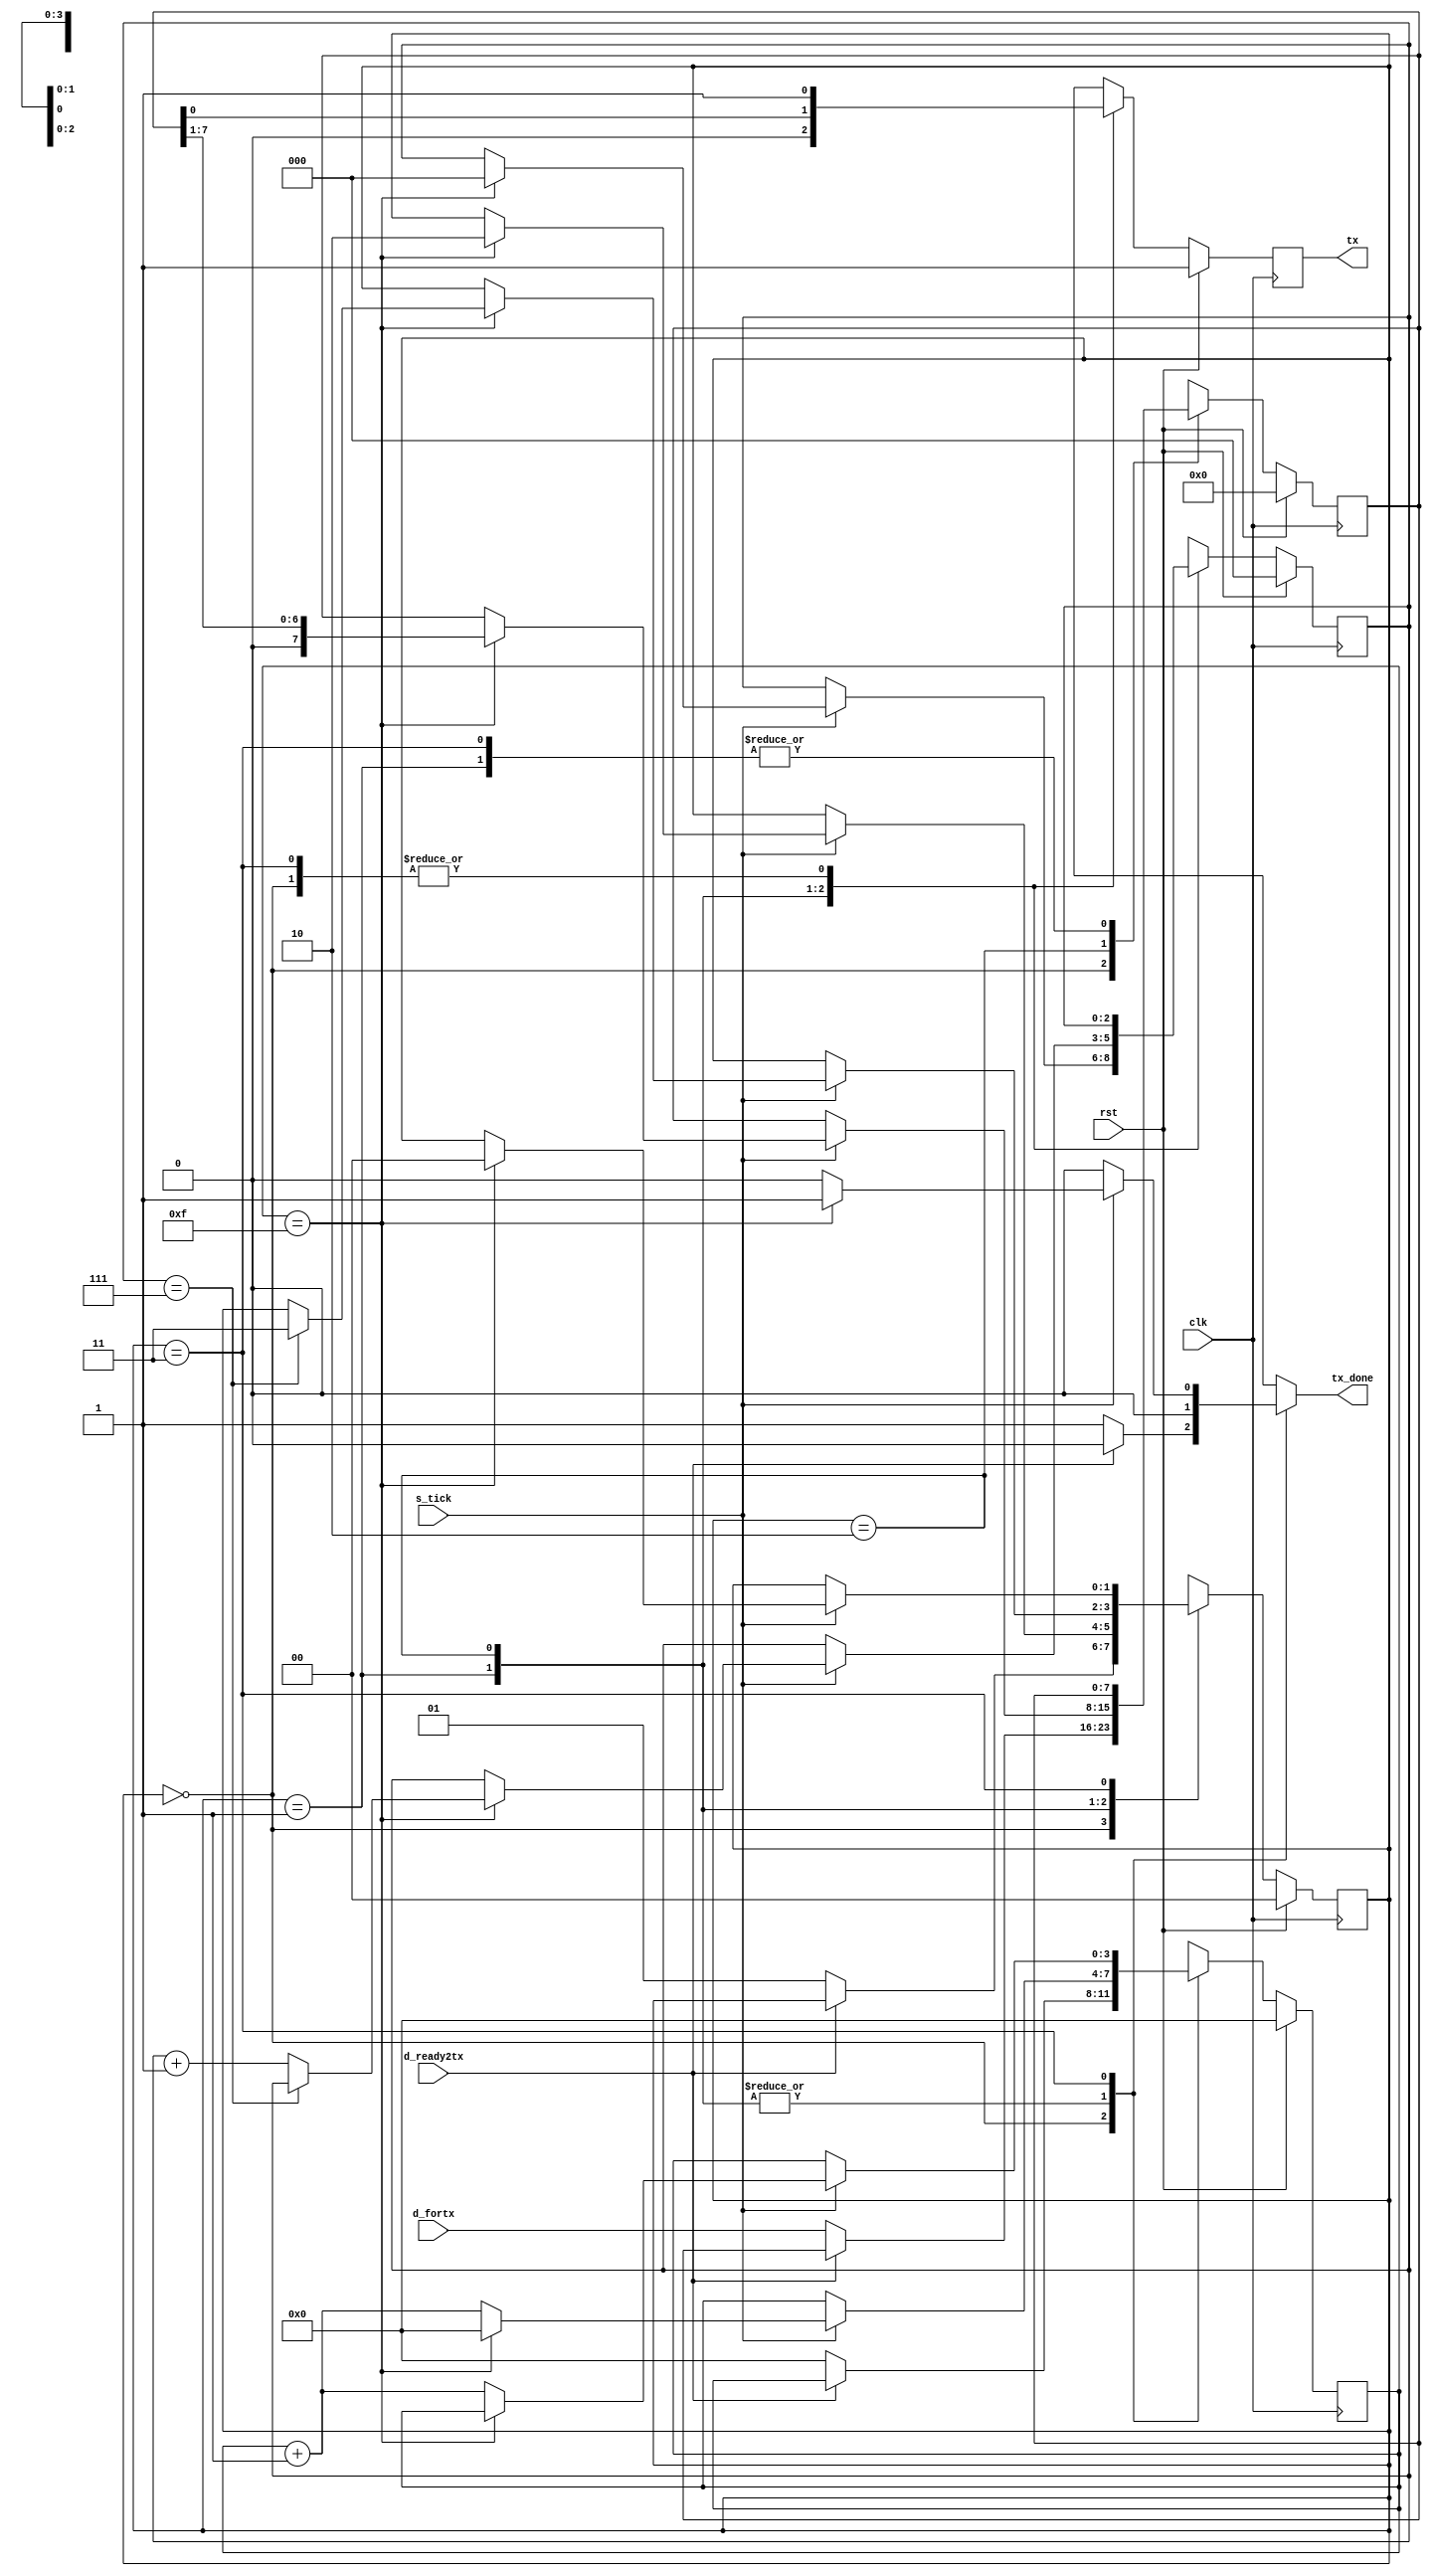
`timescale 1ns / 1ps
//////////////////////////////////////////////////////////////////////////////////
// Company: 
// Engineer: 
// 
// Design Name: 
// Module Name: tx
// Project Name: 
// Target Devices: 
// Tool Versions: 
// Description: 
// 
// Dependencies: 
// 
// Revision:
// Revision 0.01 - File Created
// Additional Comments:
// 
//////////////////////////////////////////////////////////////////////////////////


module tx #(
        parameter N_CLOCKS = 163,
                  N_BITS = 8,
                  TICK_STEPS = 16
    )
    (
        output tx,
        output reg tx_done,
        input clk,
        input rst,
        input s_tick,
        input d_ready2tx,
        input [N_BITS-1:0] d_fortx
    );
    
    localparam [1:0]
        IDLE = 2'b00,
        START = 2'b01,
        DATA = 2'b10,
        STOP = 2'b11;
    
    // signal declaration
    reg [1:0] state, state_saved;    //ESTADOS
    reg [3:0] n_ticks, n_ticks_saved;            //NRO TICKS
    reg [2:0] bit_rcvd, bit_rcvd_saved;            //NRO DE BITS RECIBIDOS
    reg [7:0] b_saved , b_saved_act;           //DONDE SE ALMACENAN LOS BITS
    reg tx_reg, tx_saved;
    
    // body
    // FSMD state & DATA registers
    
    always @(posedge clk)
    if (rst)
    begin
        state <= IDLE;
        n_ticks <= 0;
        bit_rcvd <= 0 ;
        b_saved <= 0 ;
        tx_reg <= 1'b1;
    end
    else
    begin
        state <= state_saved;
        n_ticks <= n_ticks_saved;
        bit_rcvd <= bit_rcvd_saved;
        b_saved <= b_saved_act;
        tx_reg <= tx_saved;
    end
    // FSMD next_state logic & functional units
    
    always @*
    begin
        state_saved = state;
        tx_done = 1'b0;
        n_ticks_saved = n_ticks;
        bit_rcvd_saved = bit_rcvd;
        b_saved_act = b_saved;
        tx_saved = tx_reg ;
        case (state)
            IDLE:
                begin
                    tx_saved = 1'b1;
                    if (~d_ready2tx)
                    begin
                        state_saved = START;
                        n_ticks_saved = 0;
                        b_saved_act = d_fortx;
                        tx_done = 1'b1;
                    end
                end
                
            START:
                begin
                    tx_saved = 1'b0;
                    if (s_tick)
                    if (n_ticks==15)
                    begin
                        state_saved =DATA;
                        n_ticks_saved = 0;
                        bit_rcvd_saved = 0;
                    end
                    else
                        n_ticks_saved = n_ticks+1 ;
                end
            DATA :
                begin
                    tx_saved = b_saved[0] ;
                    if (s_tick)
                        if (n_ticks==15)
                        begin
                            n_ticks_saved = 0 ;
                            b_saved_act = b_saved >> 1 ;
                            if (bit_rcvd==(N_BITS-1))
                                state_saved = STOP;
                            else
                                bit_rcvd_saved = bit_rcvd + 1;
                        end
                        else
                            n_ticks_saved = n_ticks + 1 ;
               end
            STOP:
            begin
                tx_saved = 1'b1;
                if (s_tick)
                    if (n_ticks==(TICK_STEPS - 1))
                    begin
                        state_saved = IDLE ;
                        tx_done = 1'b1;
                    end
                    else
                        n_ticks_saved = n_ticks + 1;
            end
        endcase
    end
    // output
    assign tx = tx_reg;
    
endmodule